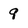
Character: 9